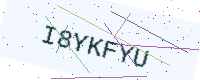
Text: I8YKFYU